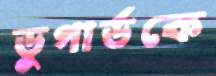
ডুগার্ডকে